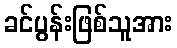
ခင်ပွန်းဖြစ်သူအား